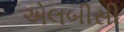
એલબીસી